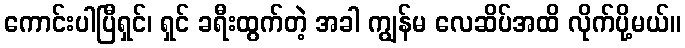
ကောင်းပါပြီရှင်၊ ရှင် ခရီးထွက်တဲ့ အခါ ကျွန်မ လေဆိပ်အထိ လိုက်ပို့မယ်။